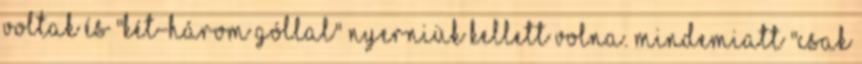
voltak és "két-három góllal" nyerniük kellett volna. Mindemiatt "csak